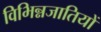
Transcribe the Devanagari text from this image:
विभिन्नजातियों